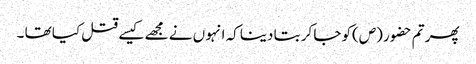
پھر تم حضو ر (ص)کو جا کر بتا دینا کہ انہو ں نے مجھے کیسے قتل کیا تھا ۔